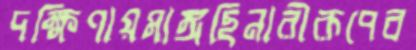
দক্ষিণায়মাঙ্গছিনারীরূপেব